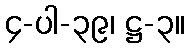
၄-ပါ-၃၉၊ ဋ္ဌ-၃။